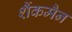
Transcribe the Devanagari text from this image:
शैंकमैन